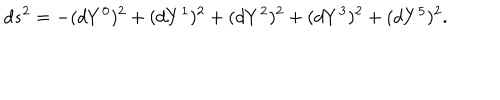
LaTeX: d s ^ { 2 } = - ( d Y ^ { 0 } ) ^ { 2 } + ( d Y ^ { 1 } ) ^ { 2 } + ( d Y ^ { 2 } ) ^ { 2 } + ( d Y ^ { 3 } ) ^ { 2 } + ( d Y ^ { 5 } ) ^ { 2 } .